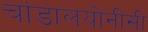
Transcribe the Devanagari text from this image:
चांडालयोनीसी